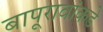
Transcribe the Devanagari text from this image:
बापूरावांकडे